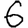
Digit: 6